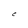
Character: C